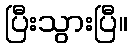
ပြီးသွားပြီ။